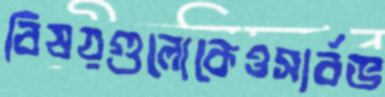
বিষয়গুলোকেওসার্বভ